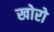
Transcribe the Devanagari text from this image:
खोरो